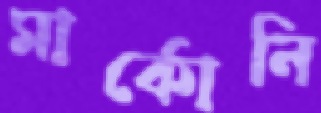
মার্কোনি